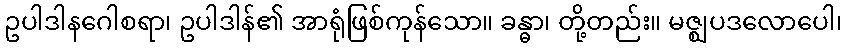
ဥပါဒါနဂေါစရာ၊ ဥပါဒါန်၏ အာရုံဖြစ်ကုန်သော။ ခန္ဓာ၊ တို့တည်း။ မဇ္ဈပဒလောပေါ၊